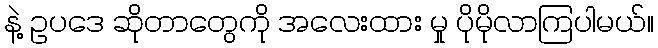
နဲ့ ဥပဒေ ဆိုတာတွေကို အလေးထား မှု ပိုမိုလာကြပါမယ်။